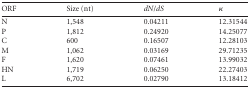
| ORF | Size (nt) | dN/dS | κ |
 | --- | --- | --- | --- |
 | N | 1,548 | 0.04211 | 12.31544 |
 | P | 1,812 | 0.24920 | 14.25077 |
 | C | 600 | 0.16507 | 12.28103 |
 | M | 1,062 | 0.03169 | 29.71235 |
 | F | 1,620 | 0.07461 | 13.99032 |
 | HN | 1,719 | 0.06250 | 22.27403 |
 | L | 6,702 | 0.02790 | 13.18412 |